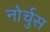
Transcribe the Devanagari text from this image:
नोर्चुस